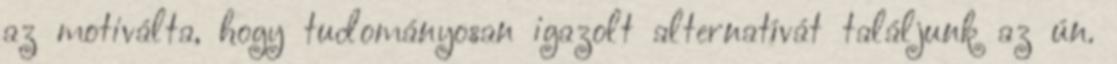
az motiválta, hogy tudományosan igazolt alternatívát találjunk az ún.